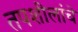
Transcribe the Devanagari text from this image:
तपशीलांचे